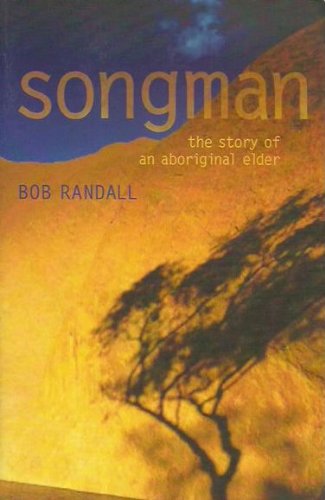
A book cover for Songman: The Story of an Aboriginal Elder of Uluru; Bob Randall; Biographies & Memoirs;